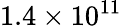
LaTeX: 1.4\times 10^{11}